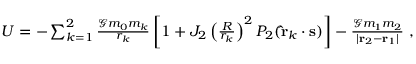
\begin{array} { r } { U = - \sum _ { k = 1 } ^ { 2 } \frac { \mathcal { G } m _ { 0 } m _ { k } } { r _ { k } } \left[ 1 + J _ { 2 } \left( \frac { R } { r _ { k } } \right) ^ { 2 } P _ { 2 } ( \mathbf { \hat { r } } _ { k } \cdot \mathbf { s } ) \right] - \frac { \mathcal { G } m _ { 1 } m _ { 2 } } { | \mathbf { r } _ { 2 } - \mathbf { r } _ { 1 } | } \ , } \end{array}